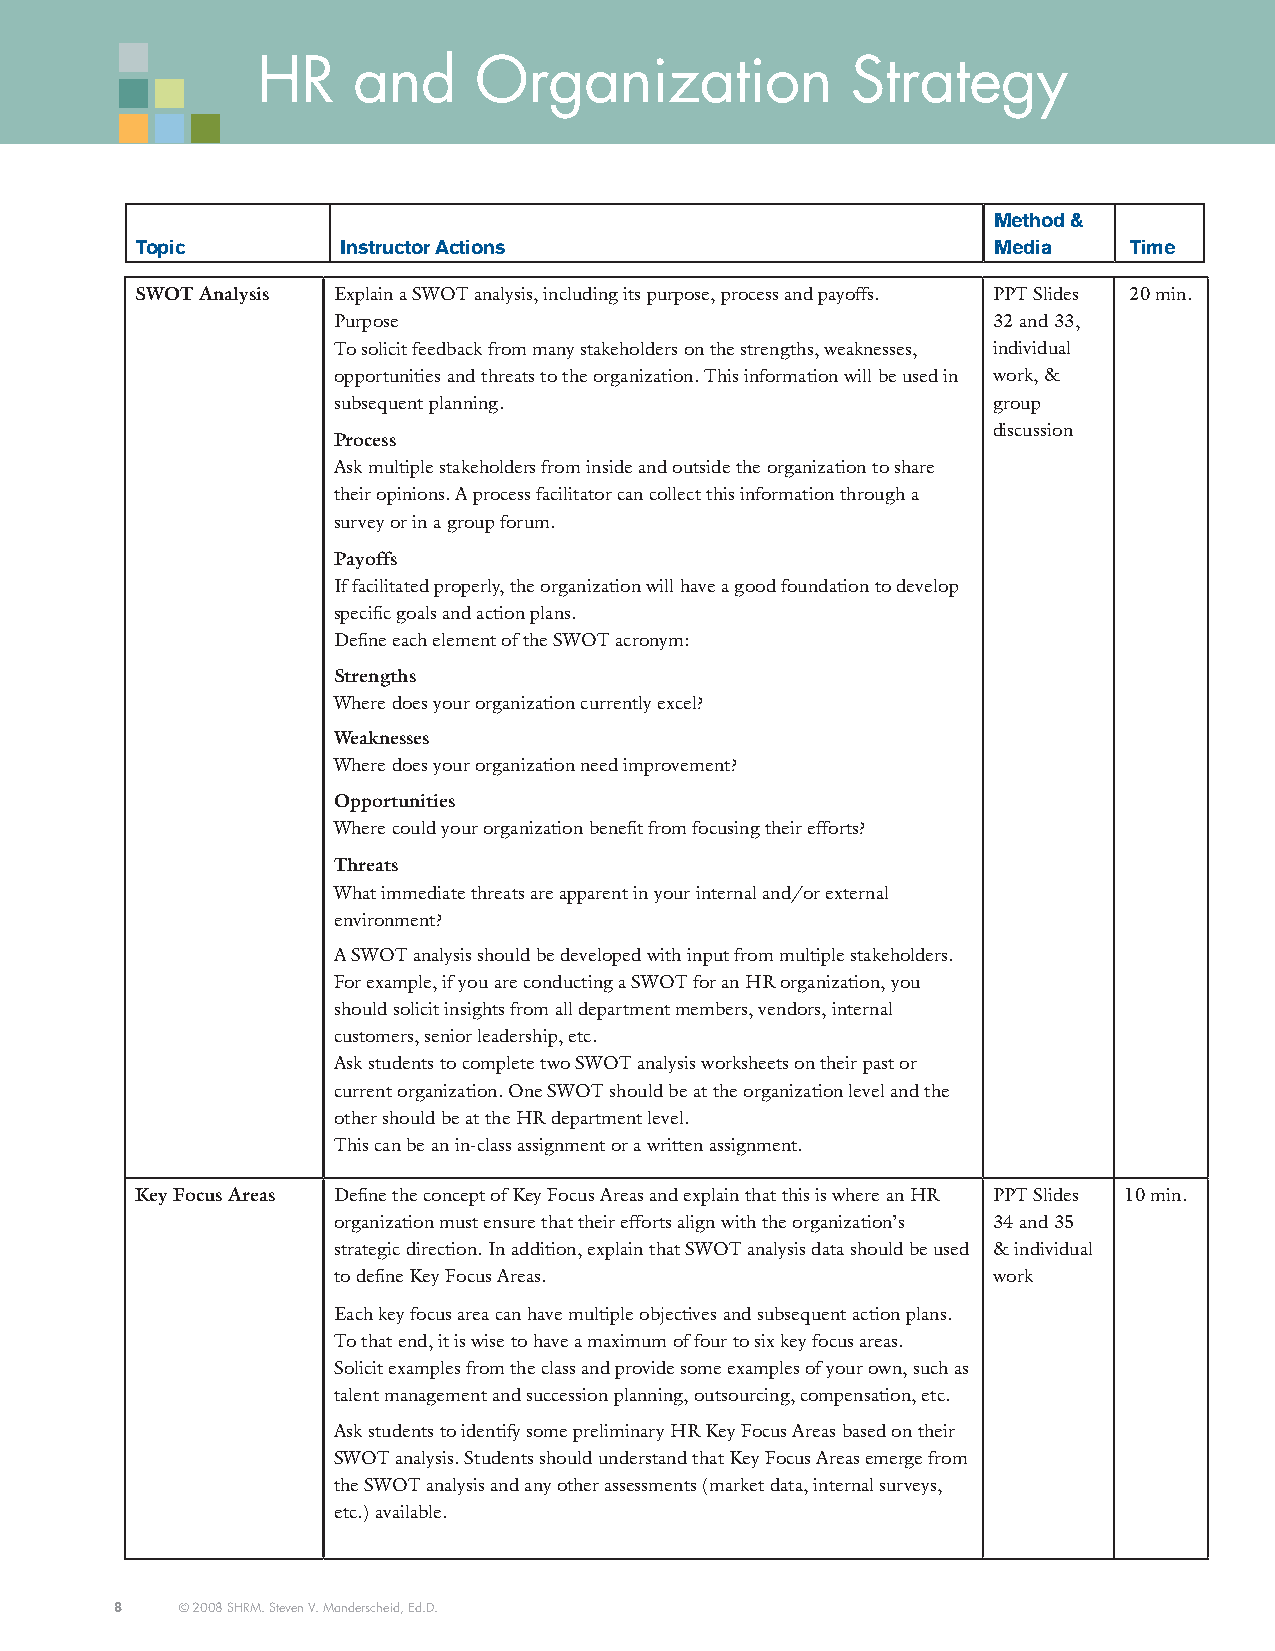
HR    and     Organization             Strategy
 Method &
 topic         instructor actions                         Media    time
 SWOT Analysis Explain a SWOT analysis, including its purpose, process and payoffs. PPT Slides 20 min.
 Purpose                                     32 and 33,
 To solicit feedback from many stakeholders on the strengths, weaknesses, individual
 opportunities and threats to the organization. This information will be used in work, &
 subsequent planning.                        group
 discussion
 Process
 Ask multiple stakeholders from inside and outside the organization to share
 their opinions. A process facilitator can collect this information through a
 survey or in a group forum.
 Payoffs
 If facilitated properly, the organization will have a good foundation to develop
 specific goals and action plans.
 Define each element of the SWOT acronym:
 Strengths
 Where does your organization currently excel?
 Weaknesses
 Where does your organization need improvement?
 Opportunities
 Where could your organization benefit from focusing their efforts?
 Threats
 What immediate threats are apparent in your internal and/or external
 environment?
 A SWOT analysis should be developed with input from multiple stakeholders.
 For example, if you are conducting a SWOT for an HR organization, you
 should solicit insights from all department members, vendors, internal
 customers, senior leadership, etc.
 Ask students to complete two SWOT analysis worksheets on their past or
 current organization. One SWOT should be at the organization level and the
 other should be at the HR department level.
 This can be an in-class assignment or a written assignment.
 Key Focus Areas Define the concept of Key Focus Areas and explain that this is where an HR PPT Slides 10 min.
 organization must ensure that their efforts align with the organization’s 34 and 35
 strategic direction. In addition, explain that SWOT analysis data should be used & individual
 to define Key Focus Areas.                  work
 Each key focus area can have multiple objectives and subsequent action plans.
 To that end, it is wise to have a maximum of four to six key focus areas.
 Solicit examples from the class and provide some examples of your own, such as
 talent management and succession planning, outsourcing, compensation, etc.
 Ask students to identify some preliminary HR Key Focus Areas based on their
 SWOT analysis. Students should understand that Key Focus Areas emerge from
 the SWOT analysis and any other assessments (market data, internal surveys,
 etc.) available.
 8   © 2008 SHRM. Steven V. Manderscheid, Ed.D.